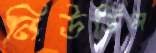
নিউডিল